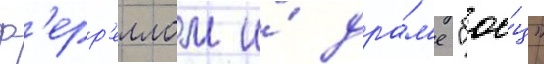
ф'ерр'еллом и́ дра́м'е "бое́ц"